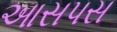
આસપસ